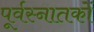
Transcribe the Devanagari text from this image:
पूर्वस्नातकों